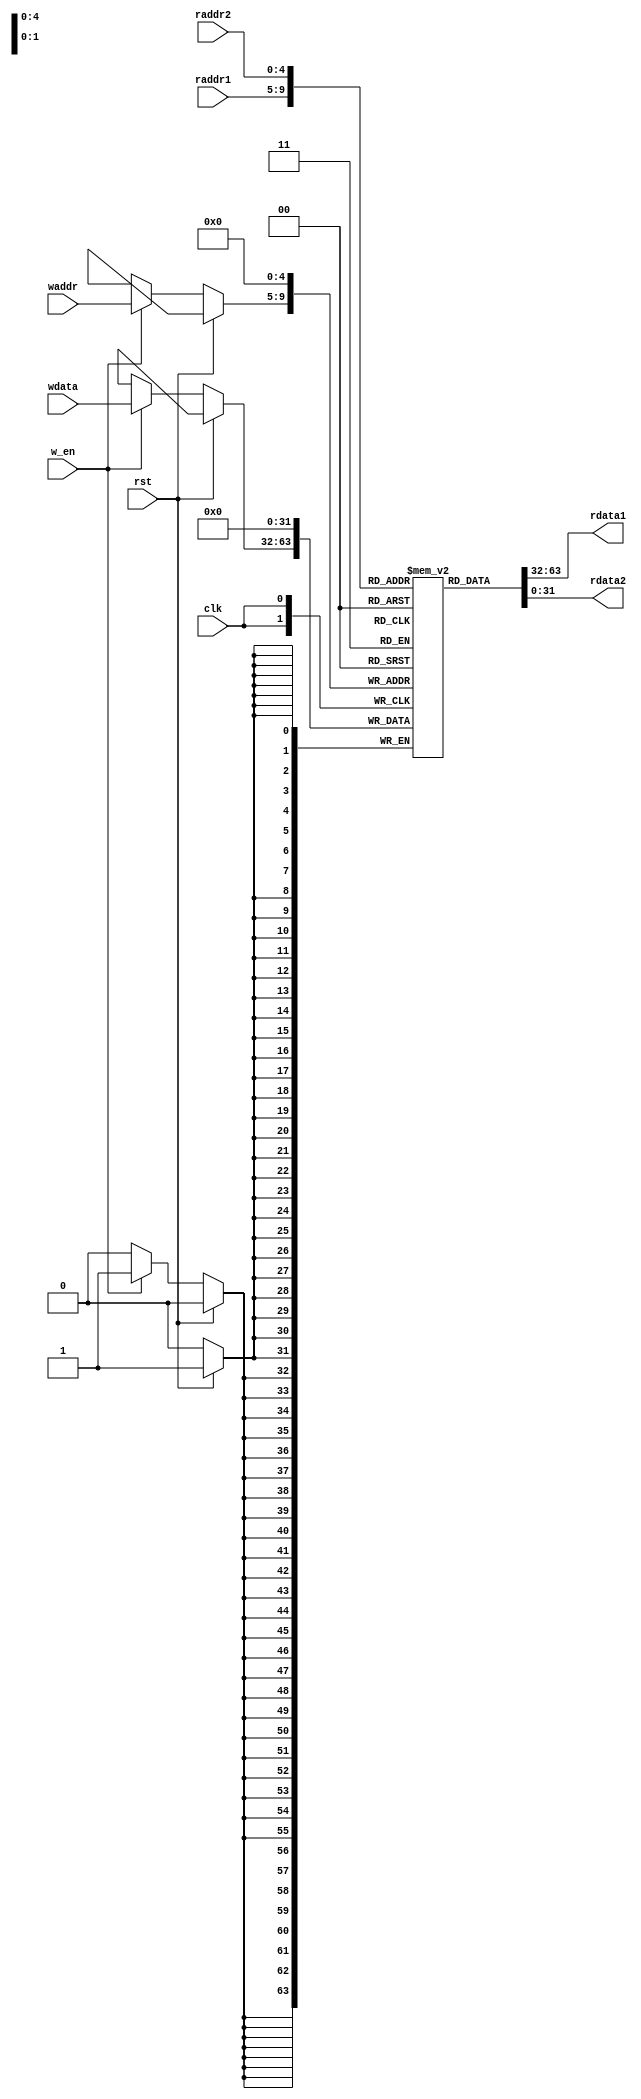
module regfile(
               input wire         clk,                   // clock to trigger write
               input wire         rst,                   // reset
               input wire [4:0]   raddr1, raddr2, waddr, // the registers numbers to read or write
               input wire [31:0]  wdata,                 // data to write
               input wire         w_en,                  // write enable
               output wire [31:0] rdata1, rdata2         // the register values read
               );    

   
   reg [31:0]                        rf [31:0];          // 32 registers each 32 bits long

   assign rdata1 = rf [raddr1];
   assign rdata2 = rf [raddr2];

   integer ii;
	
   initial
     begin
       for ( ii = 0; ii < 32; ii= ii + 1 )
          rf[ii] = 0;
     end
   
   always @(posedge clk)
     begin
        if (rst)
          rf[0] <= 0;
        else
          if(w_en)
            rf [waddr] <= wdata;
     end

endmodule